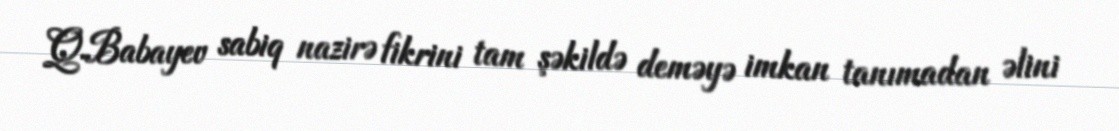
Q.Babayev sabiq nazirə fikrini tam şəkildə deməyə imkan tanımadan əlini